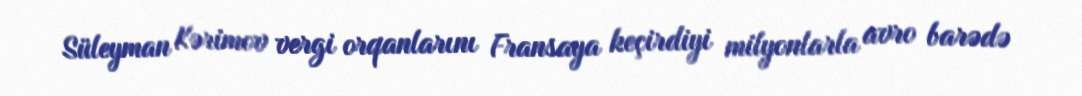
Süleyman Kərimov vergi orqanlarını Fransaya keçirdiyi milyonlarla avro barədə